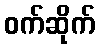
ဝက်ဆိုက်